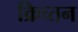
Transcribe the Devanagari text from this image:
क्रिच्तन